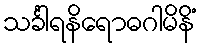
သင်္ခါရနိရောဓဂါမိနိံ